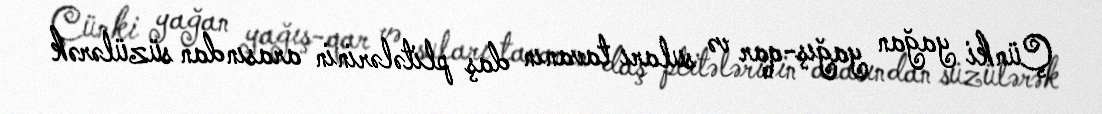
Çünki yağan yağış-qar və suları tavanın daş plitələrinin arasından süzülərək